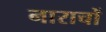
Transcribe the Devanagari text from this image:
नाराचों